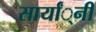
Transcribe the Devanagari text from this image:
सार्यां्नी